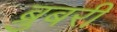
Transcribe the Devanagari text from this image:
ब्रुबरी